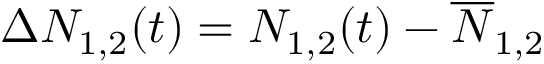
\Delta N _ { 1 , 2 } ( t ) = N _ { 1 , 2 } ( t ) - \overline { { N } } _ { 1 , 2 }